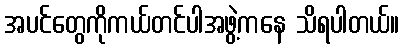
အပင်တွေကိုကယ်တင်ပါအဖွဲ့ကနေ သိရပါတယ်။